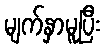
မျက်နှာမူပြီး